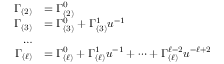
\begin{array} { r l } { \Gamma _ { ( 2 ) } } & { = \Gamma _ { ( 2 ) } ^ { 0 } } \\ { \Gamma _ { ( 3 ) } } & { = \Gamma _ { ( 3 ) } ^ { 0 } + \Gamma _ { ( 3 ) } ^ { 1 } u ^ { - 1 } } \\ { \dots } \\ { \Gamma _ { ( \ell ) } } & { = \Gamma _ { ( \ell ) } ^ { 0 } + \Gamma _ { ( \ell ) } ^ { 1 } u ^ { - 1 } + \dots + \Gamma _ { ( \ell ) } ^ { \ell - 2 } u ^ { - \ell + 2 } } \end{array}